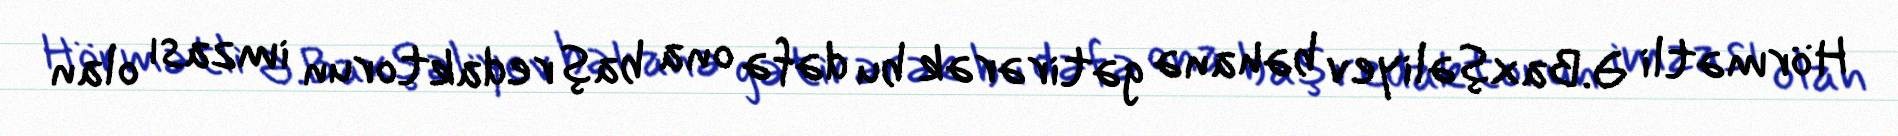
Hörmətli Ə.Baxşəliyev bəhanə gətirərək bu dəfə ona baş redaktorun imzası olan